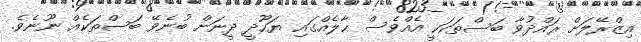
އިޒްރޭލަށް ރައްދުވާ ބަސްތަކަކީ އެއްވެސް ޙާލެއްގައި ޔަހޫދީ ދީނަށް ބުނެވޭ ބަސްތަކެއް ނޫނެވެ.